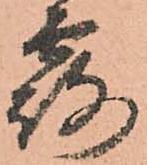
露